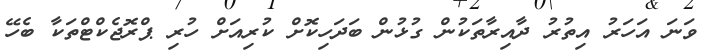
ވަނަ އަހަރު އިތުރު ދާއިރާތަކުން ގުޅުން ބަދަހިކޮށް ކުރިއަށް ހުރި ޕްރޮޖެކްޓްތަކާ ބެހޭ